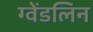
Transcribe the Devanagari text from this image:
ग्वेंडलिन